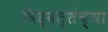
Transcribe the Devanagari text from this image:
विद्वत्तेच्या